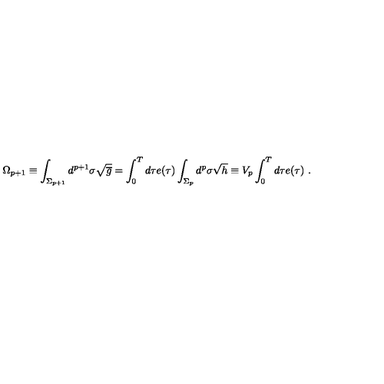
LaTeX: \Omega _ { p + 1 } \equiv \int _ { \Sigma _ { p + 1 } } d ^ { p + 1 } \sigma \sqrt { \overline { g } } = \int _ { 0 } ^ { T } d \tau e ( \tau ) \int _ { \Sigma _ { p } } d ^ { p } \sigma \sqrt h \equiv V _ { p } \int _ { 0 } ^ { T } d \tau e ( \tau ) \ .